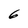
Character: 6